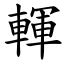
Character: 䡣